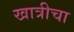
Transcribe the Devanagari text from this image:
खात्रीचा